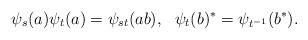
LaTeX: \begin{align*}\psi_s(a)\psi_t(a)=\psi_{st}(ab),\ \ \psi_t(b)^*=\psi_{t^{-1}}(b^*).\end{align*}